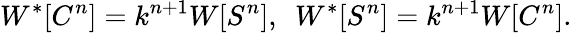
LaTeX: W^{*}[C^{n}]=k^{n+1}W[S^{n}],~~W^{*}[S^{n}]=k^{n+1}W[C^{n}].